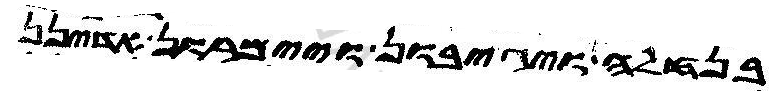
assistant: בנחלה ויגיבון ויימרון אדינן